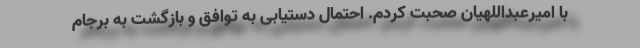
با امیرعبداللهیان صحبت کردم. احتمال دستیابی به توافق و بازگشت به برجام